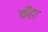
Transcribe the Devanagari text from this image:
कँहा